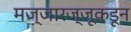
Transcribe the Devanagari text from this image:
मज्जारज्जूकडून